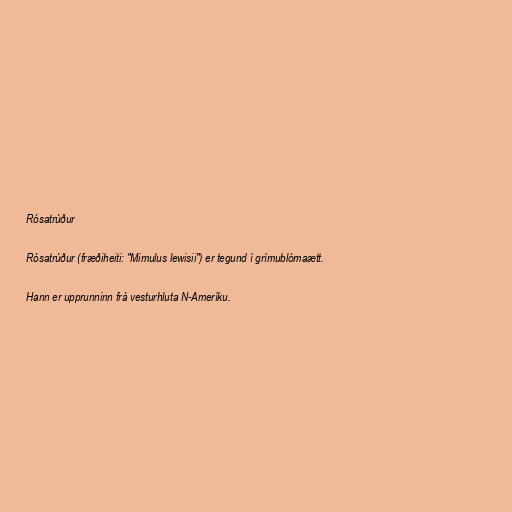
Rósatrúður

Rósatrúður (fræðiheiti: "Mimulus lewisii") er tegund í grímublómaætt.

Hann er upprunninn frá vesturhluta N-Ameríku.